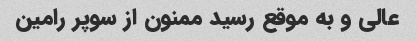
عالی و به موقع رسید ممنون از سوپر رامین